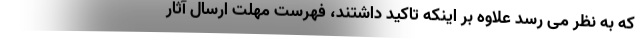
که به نظر می رسد علاوه بر اینکه تاکید داشتند، فهرست مهلت ارسال آثار